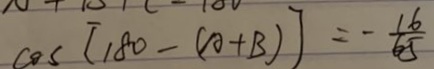
\cos [ 1 8 0 - ( A + B ) ] = - \frac { 1 6 } { 6 5 }